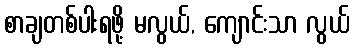
စာချတစ်ပါးရဖို့ မလွယ်, ကျောင်းသာ လွယ်